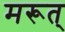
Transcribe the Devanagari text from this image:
मरूत्